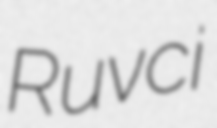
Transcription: Ruvci